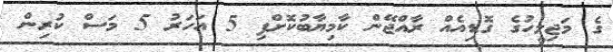
ގެ މަޖިލީހުގެ ގޮޑިއެއް ރާއްޖޭން ކާމިޔާބުކޮށްފި 5 އަހަރު 5 މަސް ކުރިން